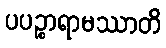
ပပဉ္စာရာမဿာတိ